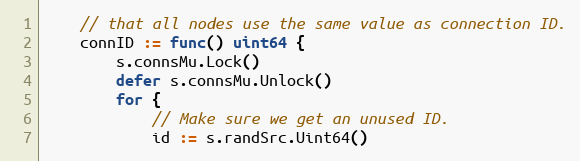
Language: Go
	// that all nodes use the same value as connection ID.
	connID := func() uint64 {
		s.connsMu.Lock()
		defer s.connsMu.Unlock()
		for {
			// Make sure we get an unused ID.
			id := s.randSrc.Uint64()